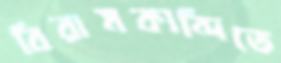
বিরামকান্দিতে